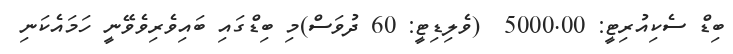
ބިޑް ސެކިއުރިޓީ: 5000.00  (ވެލިޑިޓީ: 60 ދުވަސް)މި ބިޑްގައި ބައިވެރިވެވޭނީ ހަމައެކަނި